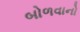
બોળવાનો